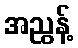
အညွန့်